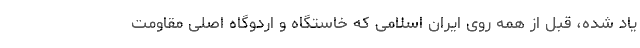
یاد شده، قبل از همه روی ایران اسلامی که خاستگاه و اردوگاه اصلی مقاومت